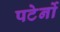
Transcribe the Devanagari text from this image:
पटेर्नो